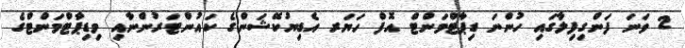
2 ވަނަ ފަންގިފިލާގައި ހުންނަ ޑިޕާޓްމަންޓް އޮފް ހަޔަރ އެޑިޔުކޭޝަންގެ ކައުންޓަރުންނާއި މިޑިޕާޓްމަންޓްގެ